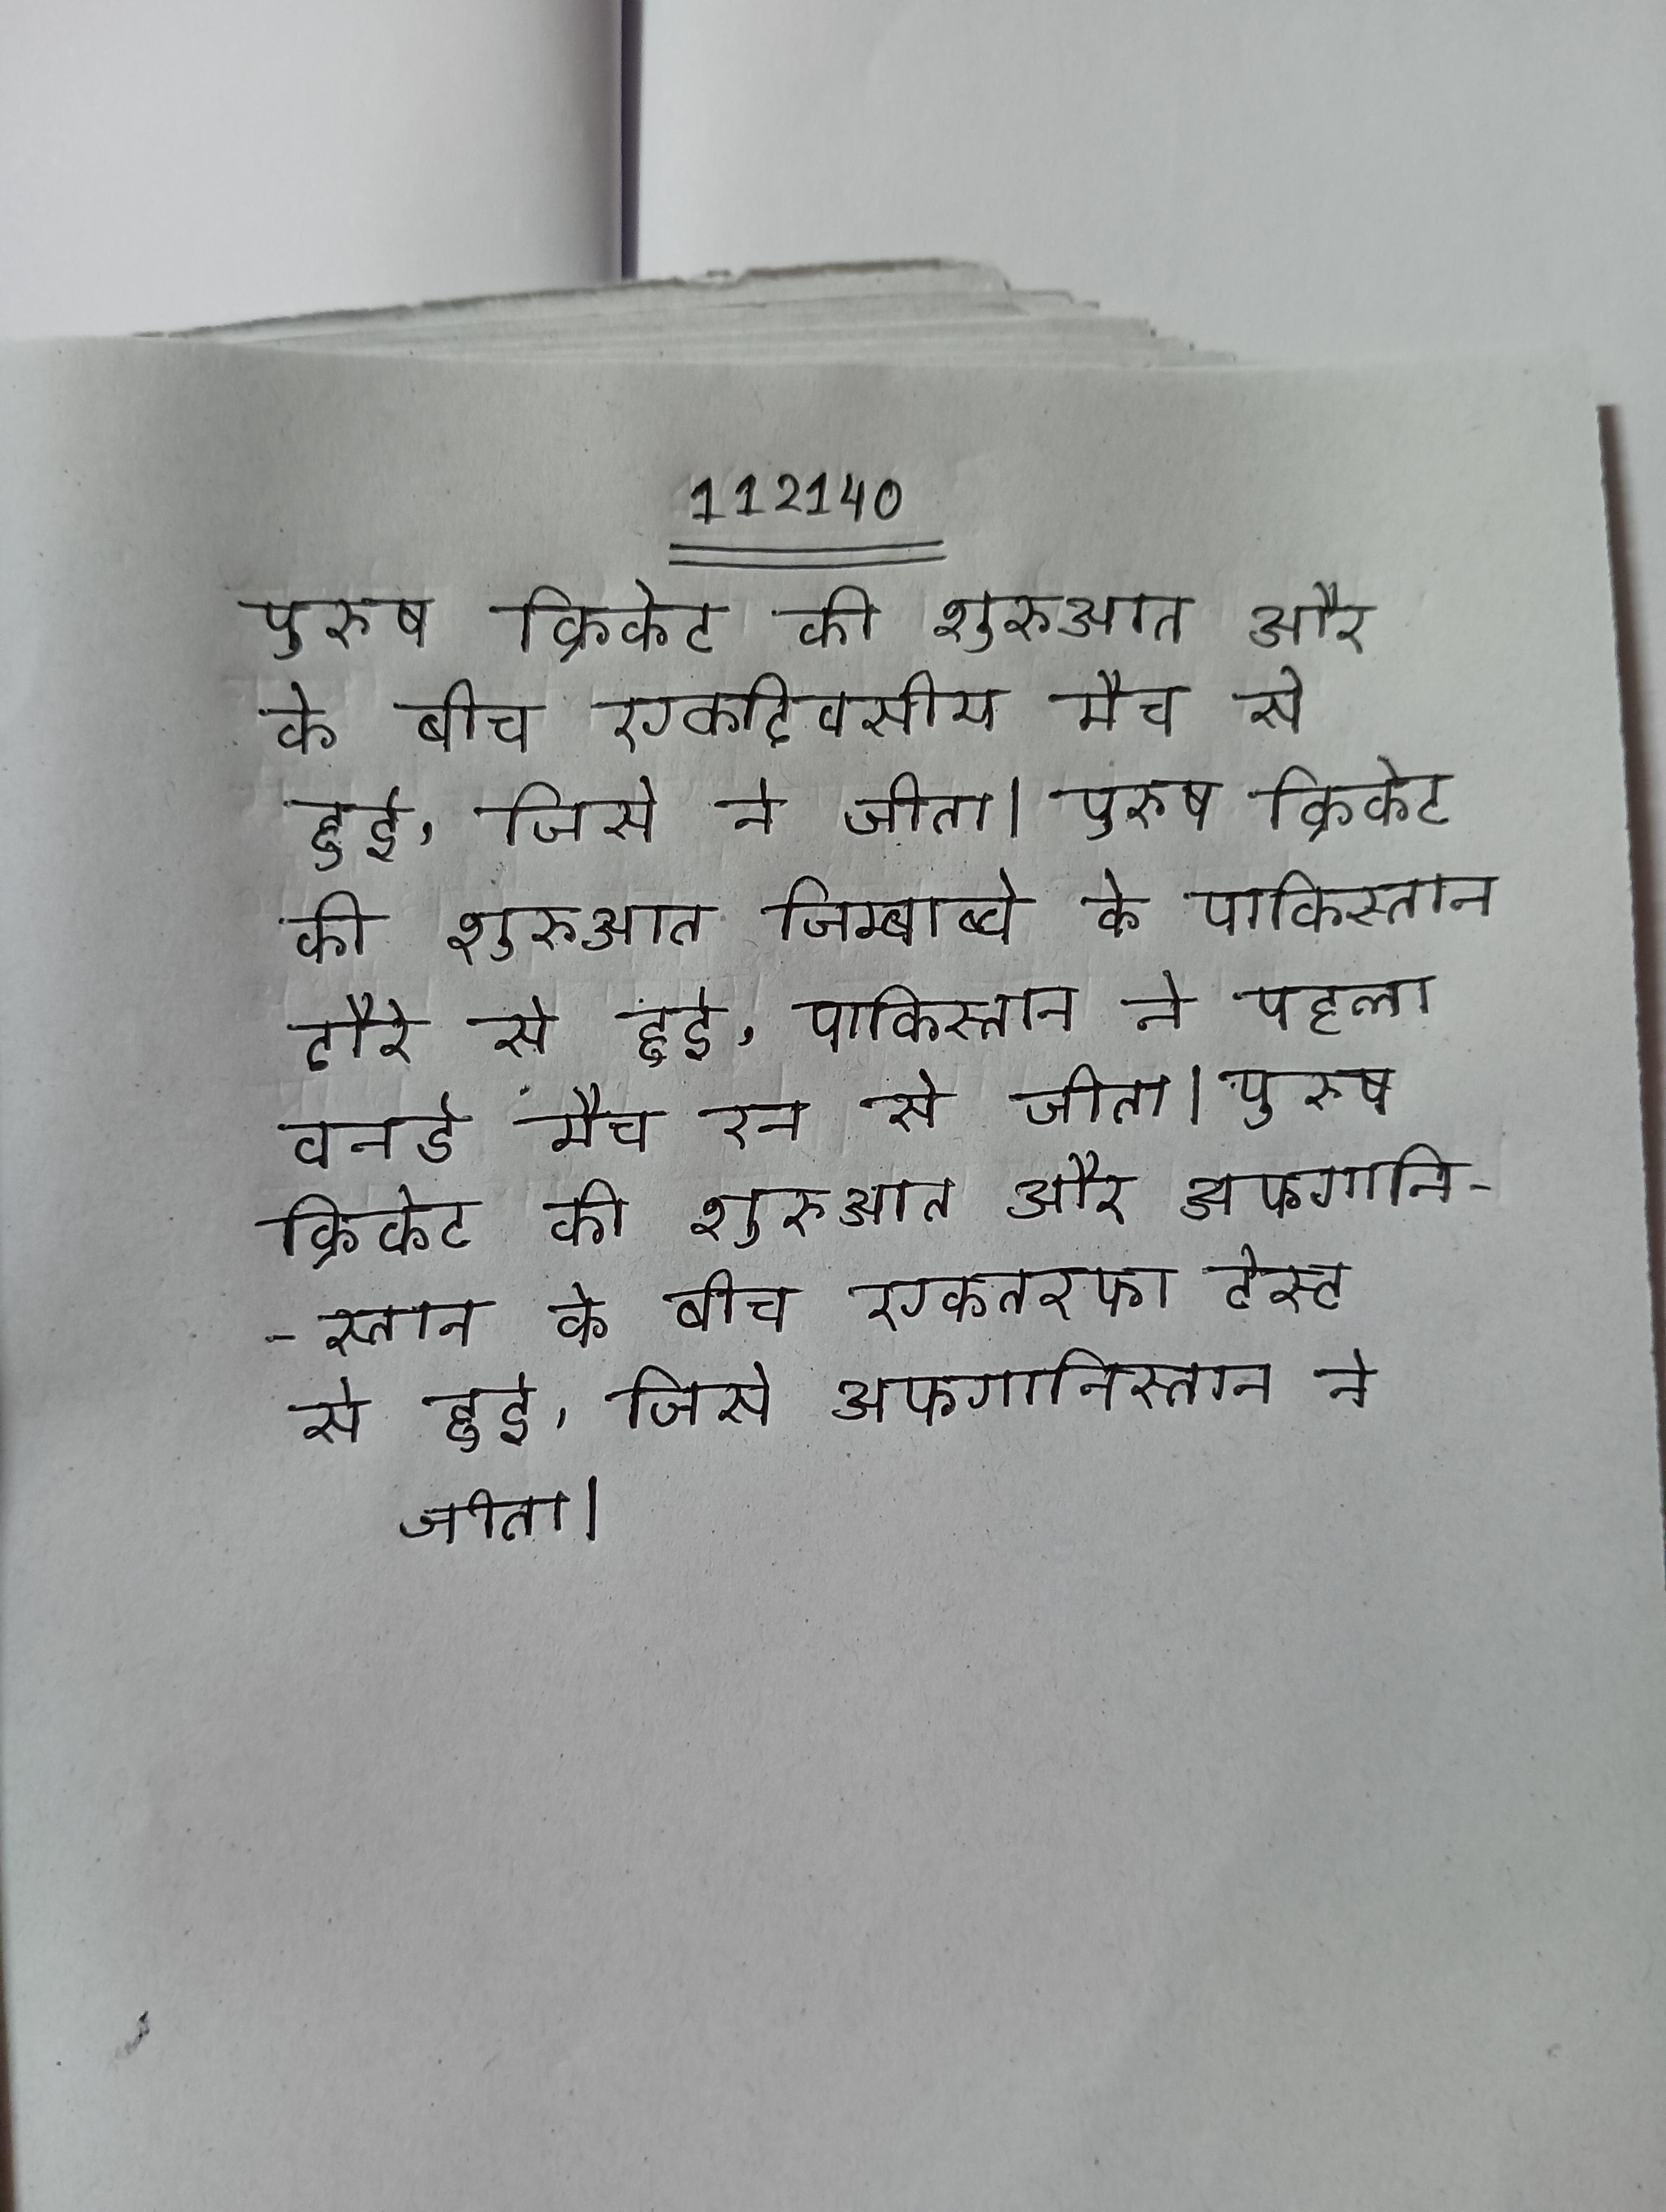
पुरुष क्रिकेट की शुरुआत और के बीच एकदिवसीय मैच से हुई, जिसे ने जीता । पुरुष क्रिकेट की शुरुआत जिम्बाब्वे के पाकिस्तान दौरे से हुई, पाकिस्तान ने पहला वनडे मैच रन से जीता । पुरुष क्रिकेट की शुरुआत और अफगानिस्तान के बीच एकतरफा टेस्ट से हुई, जिसे अफगानिस्तान ने जीता ।